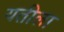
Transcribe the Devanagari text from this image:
यतीला